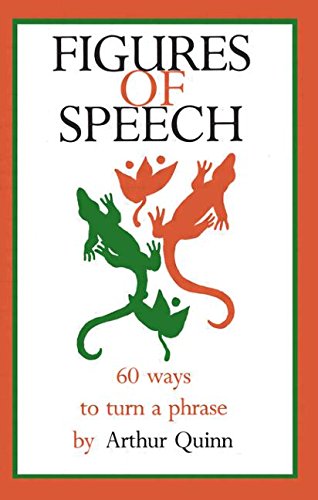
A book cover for Figures of Speech: 60 Ways To Turn A Phrase; Arthur Quinn; Reference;